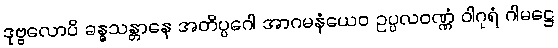
ဒုဗ္ဗလောပိ ခန္ဓသန္တာနေ အတိပ္ပဂေါ အာဂမနံယေဝ ဥပ္ပလဝဏ္ဏံ ဝါဂုရံ ဂါမဋ္ဌေ